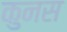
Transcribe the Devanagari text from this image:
कुनस